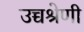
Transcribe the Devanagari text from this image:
उच्चश्रेणी